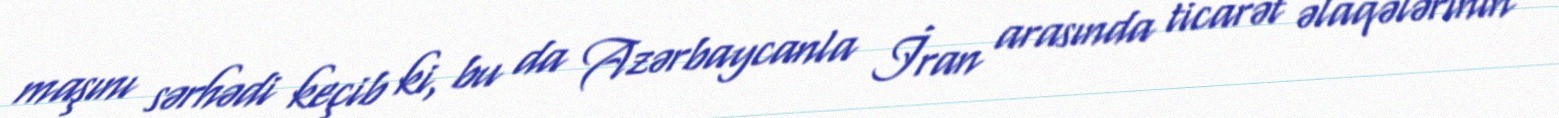
maşını sərhədi keçib ki, bu da Azərbaycanla İran arasında ticarət əlaqələrinin